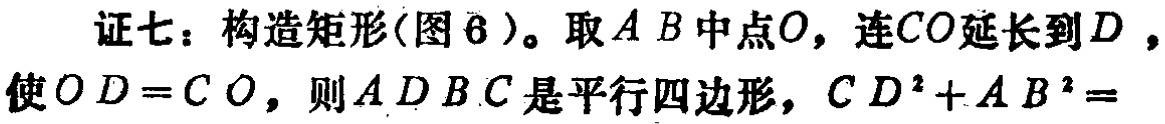
证七：构造矩形(图 6 )。取 \(AB\) 中点\(O\)，连\(CO\)延长到 \(D\) ，使 \(OD = CO\)，则 \(ADBC\) 是平行四边形，\(CD^{2}+AB^{2}=\)